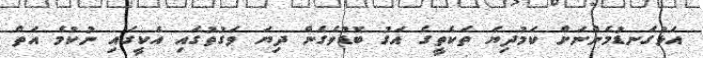
އަޅުގަނޑުމެންނަށް ކަމުދިޔަ ތަކެތީގެ އަގު ބޮޑުވެގެން ދިޔަ ވަގުތުގައި އެކީގައި ނުކުމެ އަތް